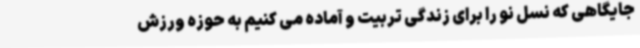
جایگاهی که نسل نو را برای زندگی تربیت و آماده می کنیم به حوزه ورزش